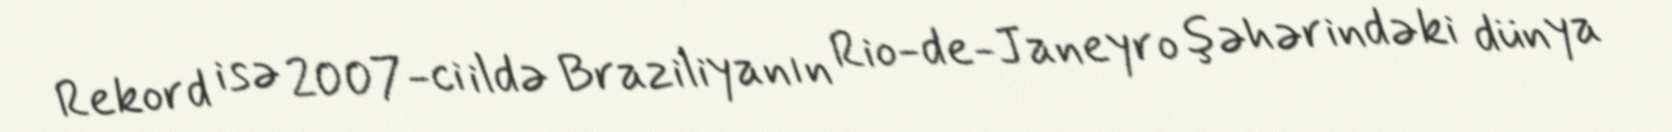
Rekord isə 2007-ci ildə Braziliyanın Rio-de-Janeyro şəhərindəki dünya